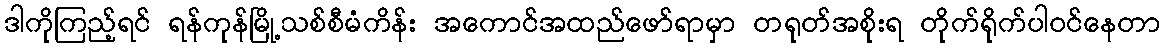
ဒါကိုကြည့်ရင် ရန်ကုန်မြို့သစ်စီမံကိန်း အကောင်အထည်ဖော်ရာမှာ တရုတ်အစိုးရ တိုက်ရိုက်ပါဝင်နေတာ